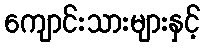
ကျောင်းသားများနှင့်